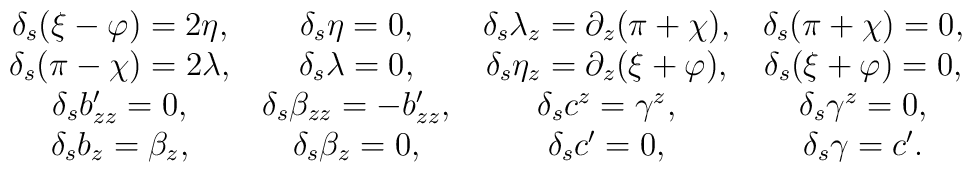
\matrix{\delta_s(\xi-\varphi)=2\eta,&\delta_s\eta=0,&\delta_s\lambda_z=\partial_{z}(\pi+\chi), &\delta_s(\pi+\chi)=0,\cr\delta_s(\pi-\chi)=2\lambda,&\delta_s\lambda=0,&\delta_s\eta_z=\partial_{z} (\xi+\varphi),&\delta_s(\xi+\varphi)=0,\cr\delta_s b_{zz}^\prime=0,&\delta_s \beta_{zz}=-b_{zz}^\prime,&\delta_s c^z=\gamma^z,&\delta_s\gamma^z=0,\cr\delta_s b_{z}=\beta_{z},&\delta_s\beta_{z}=0,&\delta_s c^\prime=0,&\delta_s \gamma=c^\prime.}